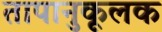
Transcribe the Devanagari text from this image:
तापानुकूलक